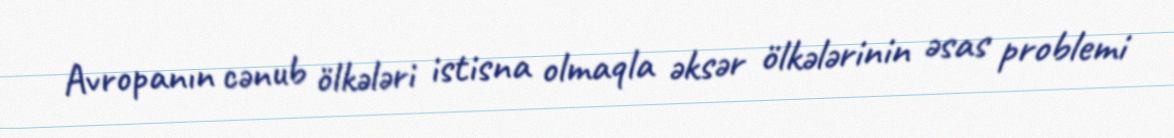
Avropanın cənub ölkələri istisna olmaqla əksər ölkələrinin əsas problemi